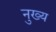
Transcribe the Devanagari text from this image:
नुख्य